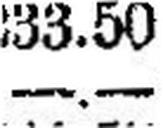
—.—